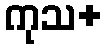
ကုသ+